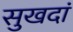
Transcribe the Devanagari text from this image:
सुखदां